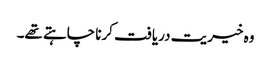
وہ خیریت دریافت کرنا چاہتے تھے۔